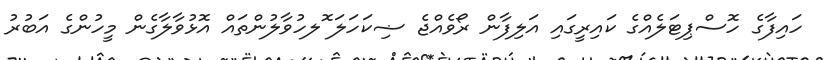
ހައިފާގެ ހޮސްޕިޓަލެއްގެ ކައިރީގައި އަލިފާން ރޯވެއްޖެ ޟިކަހަލަ ޮލހުވާލުންތައް އޮޅުވާލާގެން މީހުންގެ އަބުރު